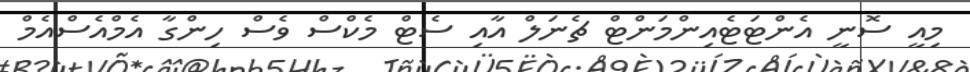
މިއީ ސޮނީ އެންޓަޓެއިންމަންޓް ޗެނަލް އާއި ސެޓް މެކްސް ވެސް ހިންގާ އެމްއެސްއެމް